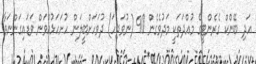
އަދި ބޭންކް ގެރެންޓީގެ މުއްދަތަކީ މަދުވެގެން 90 (ނުވަދިހަ) ދުވަހަށްބީލަން ހުށަހަޅުއްވަން ވަޑައިގަންނަވާ